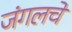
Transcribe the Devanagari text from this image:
जंगलचे